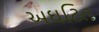
અઘટિત